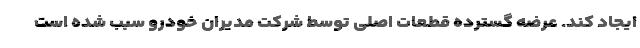
ایجاد کند. عرضه گسترده قطعات اصلی توسط شرکت مدیران خودرو سبب شده است